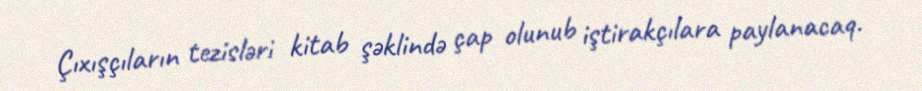
Çıxışçıların tezisləri kitab şəklində çap olunub iştirakçılara paylanacaq.